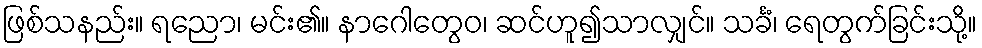
ဖြစ်သနည်း။ ရညော၊ မင်း၏။ နာဂေါတွေဝ၊ ဆင်ဟူ၍သာလျှင်။ သင်္ခံ၊ ရေတွက်ခြင်းသို့။